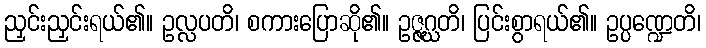
ညှင်းညှင်းရယ်၏။ ဥလ္လပတိ၊ စကားပြောဆို၏။ ဥဇ္ဇဂ္ဃတိ၊ ပြင်းစွာရယ်၏။ ဥပ္ပဏ္ဍေတိ၊